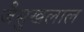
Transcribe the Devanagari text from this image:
जैसुखलाल